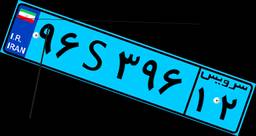
۹۶S۳۹۶۱۲